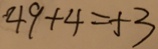
4 9 + 4 = 5 3